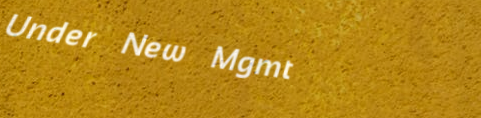
Under New Mgmt